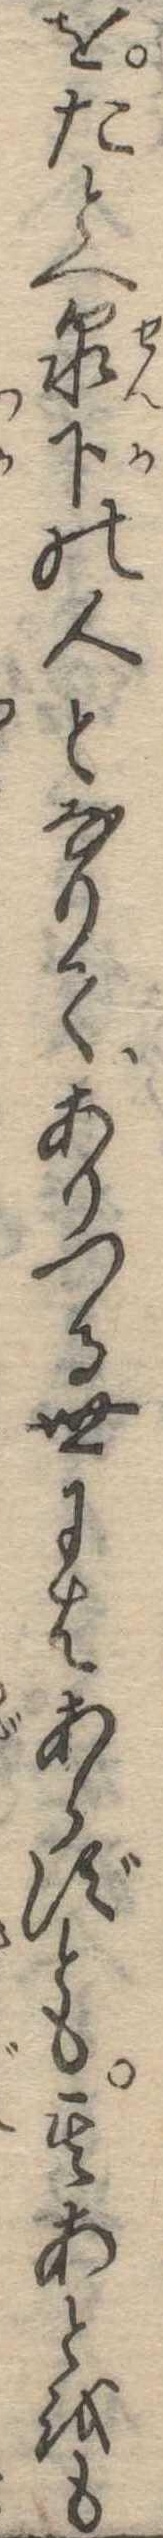
をたとへ泉下の人となりてありつる世にはあらずとも其あとをも